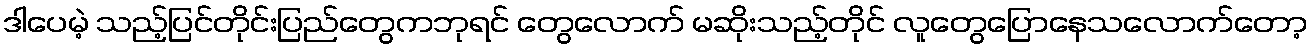
ဒါပေမဲ့ သည့်ပြင်တိုင်းပြည်တွေကဘုရင် တွေလောက် မဆိုးသည့်တိုင် လူတွေပြောနေသလောက်တော့